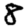
Digit: 8